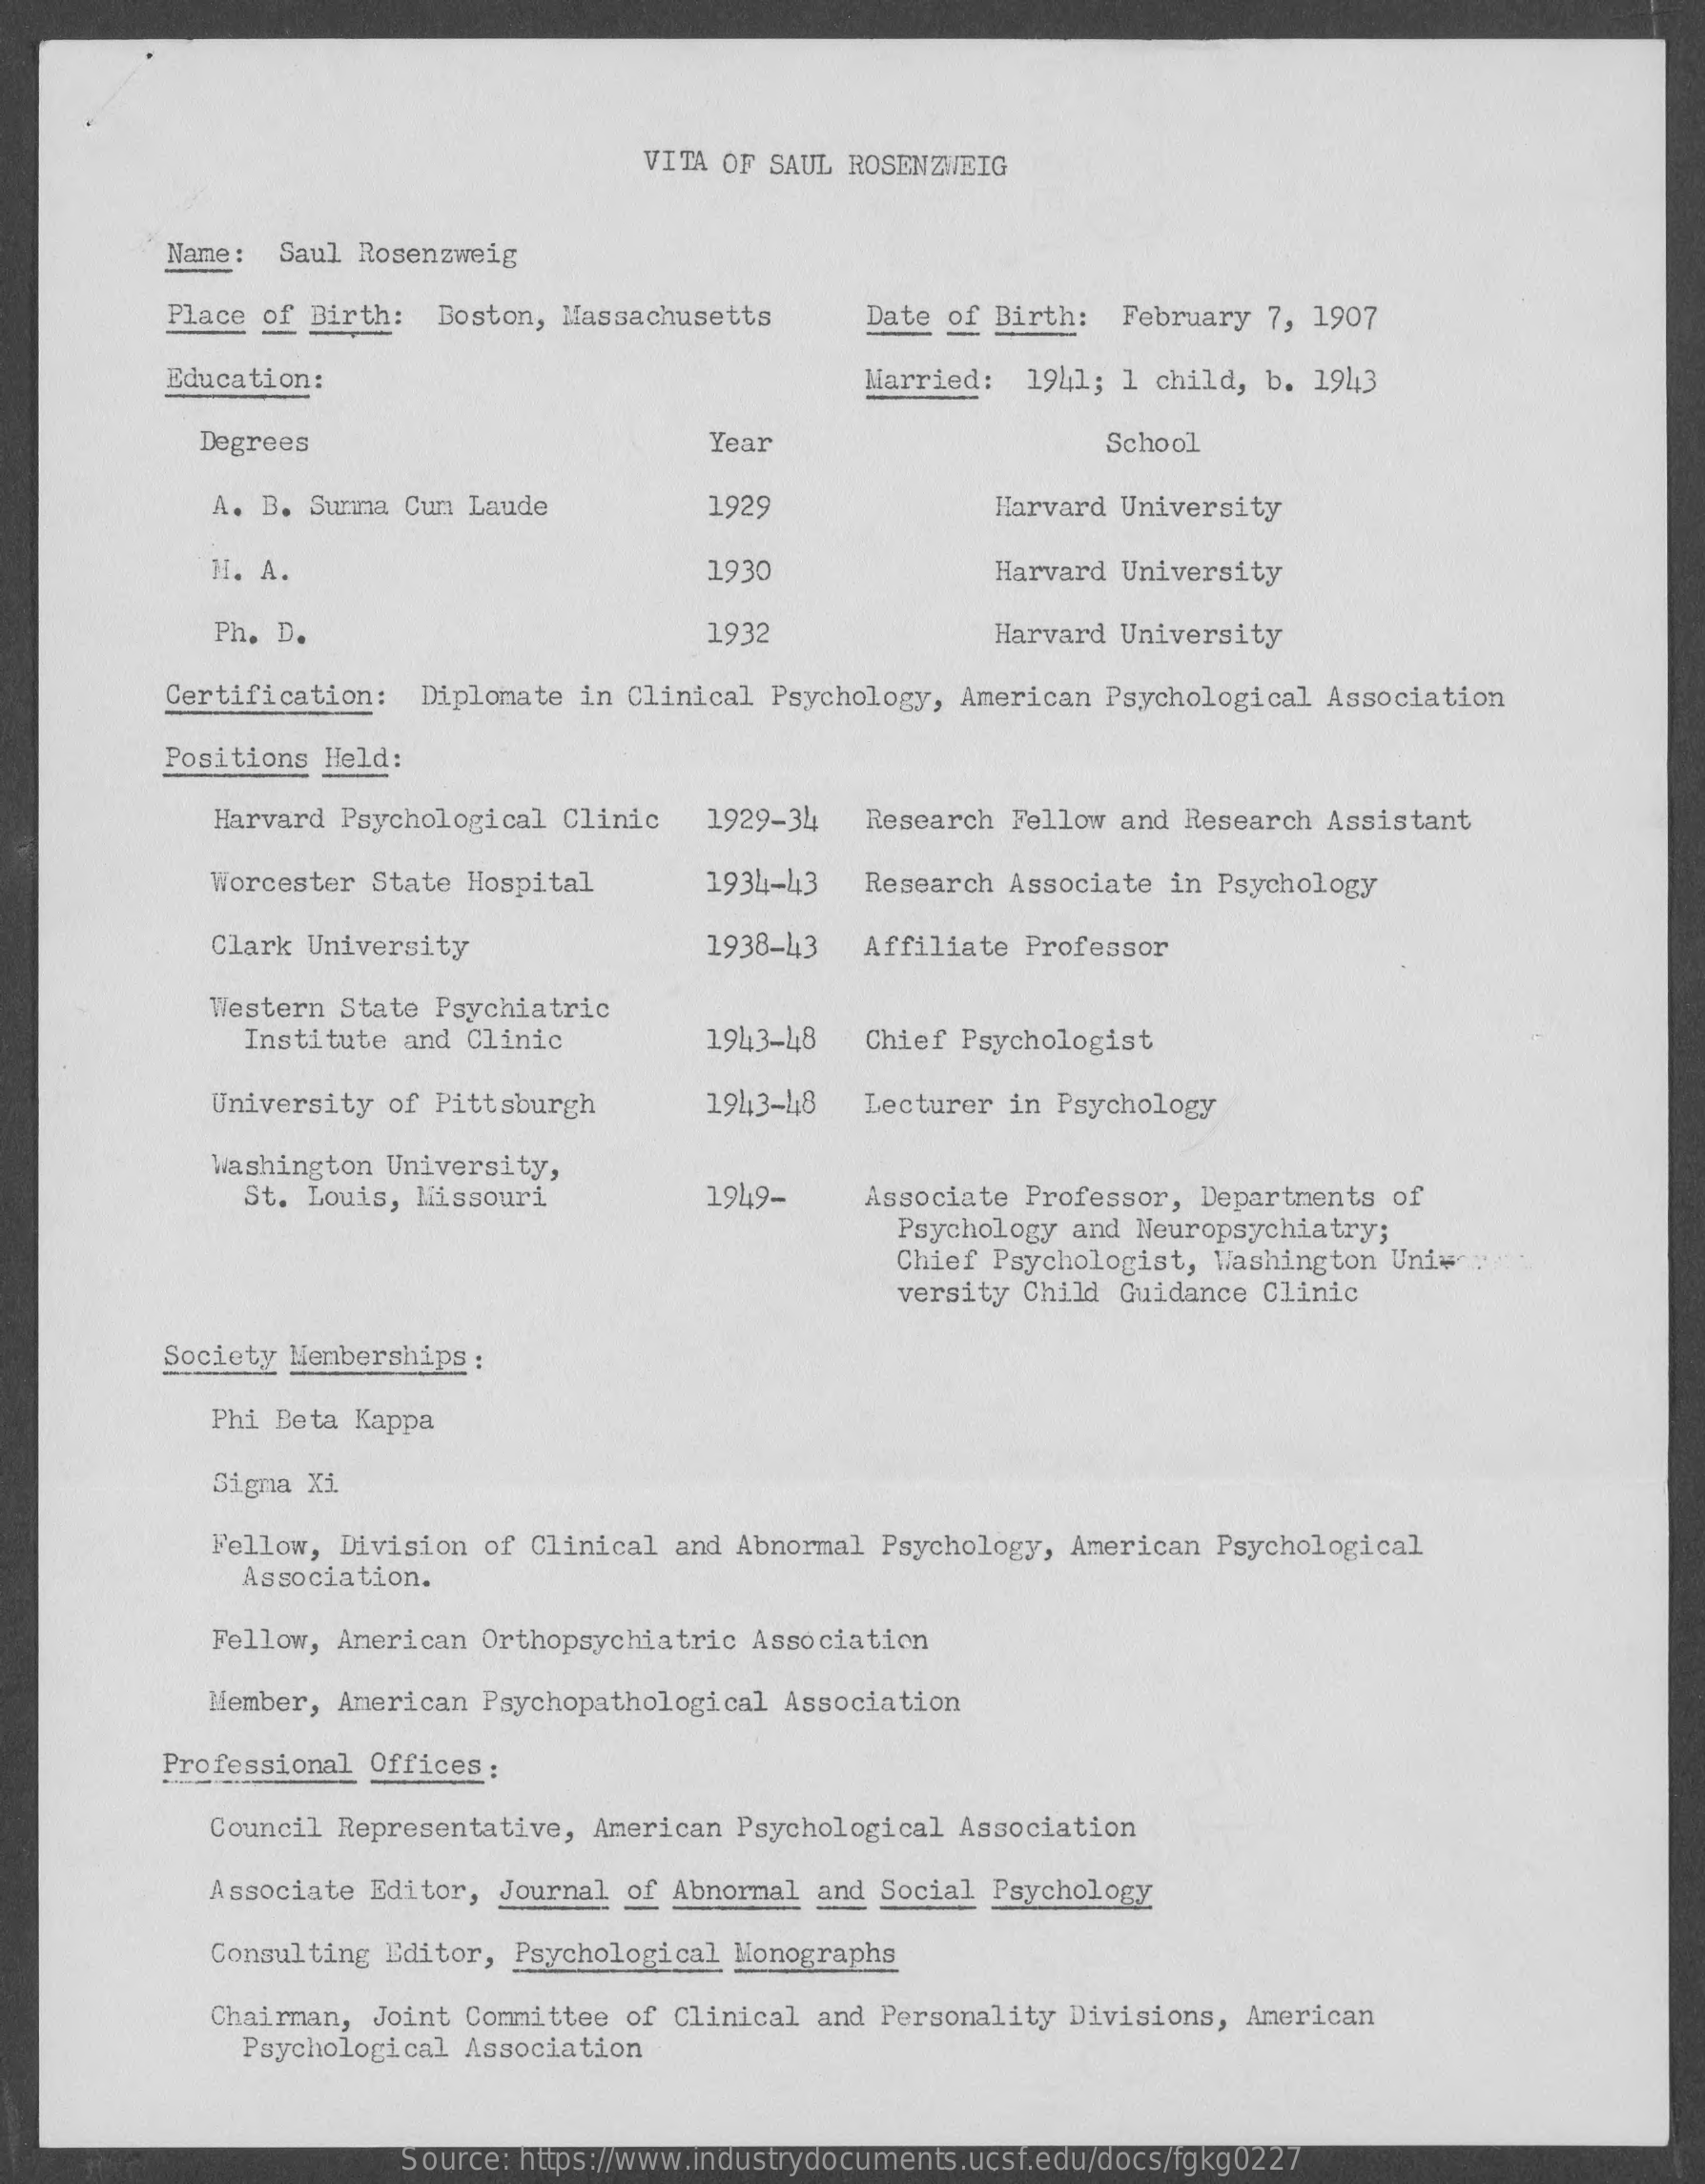
VITA OF SAUL ROSENZWEIG
     Name: Saul Rosenzweig
     Place of Birth: Boston, Massachusetts  Date of Birth: February 7, 1907
     Education:    Married: 1941; 1 child, b. 1943
     Degrees    Year    School
     A. B. Surina Curi Laude    1929    Harvard University
     H. A.    1930    Harvard University
     Ph. D.    1932    Harvard University
     Certification: Diplomate in Clinical Psychology, American Psychological Association
     Positions Held:
     Harvard Psychological Clinic 1929-34 Research Fellow and Research Assistant
     Worcester State Hospital    1934-43  Research Associate in Psychology
     Clark University    1938-43  Affiliate Professor
     Western State Psychiatric
     Institute and Clinic    1943-48  Chief Psychologist
     University of Pittsburgh    1943-418 Lecturer in Psychology
     Washington University,
     St. Louis, Missouri    1949-    Associate Professor, Departments of
     Psychology and Neuropsychiatry;
     Chief Psychologist, Washington Uniwer
     versity Child Guidance Clinic
     Society Memberships :
     Phi Beta Kappa
     Sigma Xi
     Fellow, Division of Clinical and Abnormal Psychology, American Psychological
     Association.
     Fellow, American Orthopsychiatric Association
     Member, American Psychopathological Association
     Professional Offices :
     Council Representative, American Psychological Association
     Associate Editor, Journal of Abnormal and Social Psychology
     Consulting Editor, Psychological Monographs
     Chairman, Joint Committee of Clinical and Personality Divisions, American
     Psychological Association
     Source: https://www.industrydocuments.ucsf.edu/docs/fgkg0227